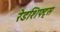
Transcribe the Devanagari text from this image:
रेडशिफ्ट्स